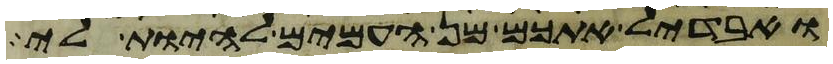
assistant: ואבדיל אתכם מן העמים להיות לי